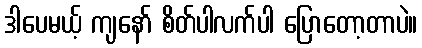
ဒါပေမယ့် ကျနော် စိတ်ပါလက်ပါ ပြောတော့တာပဲ။